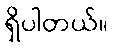
ရှိပါတယ်။